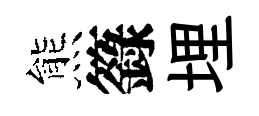
熊籙埋